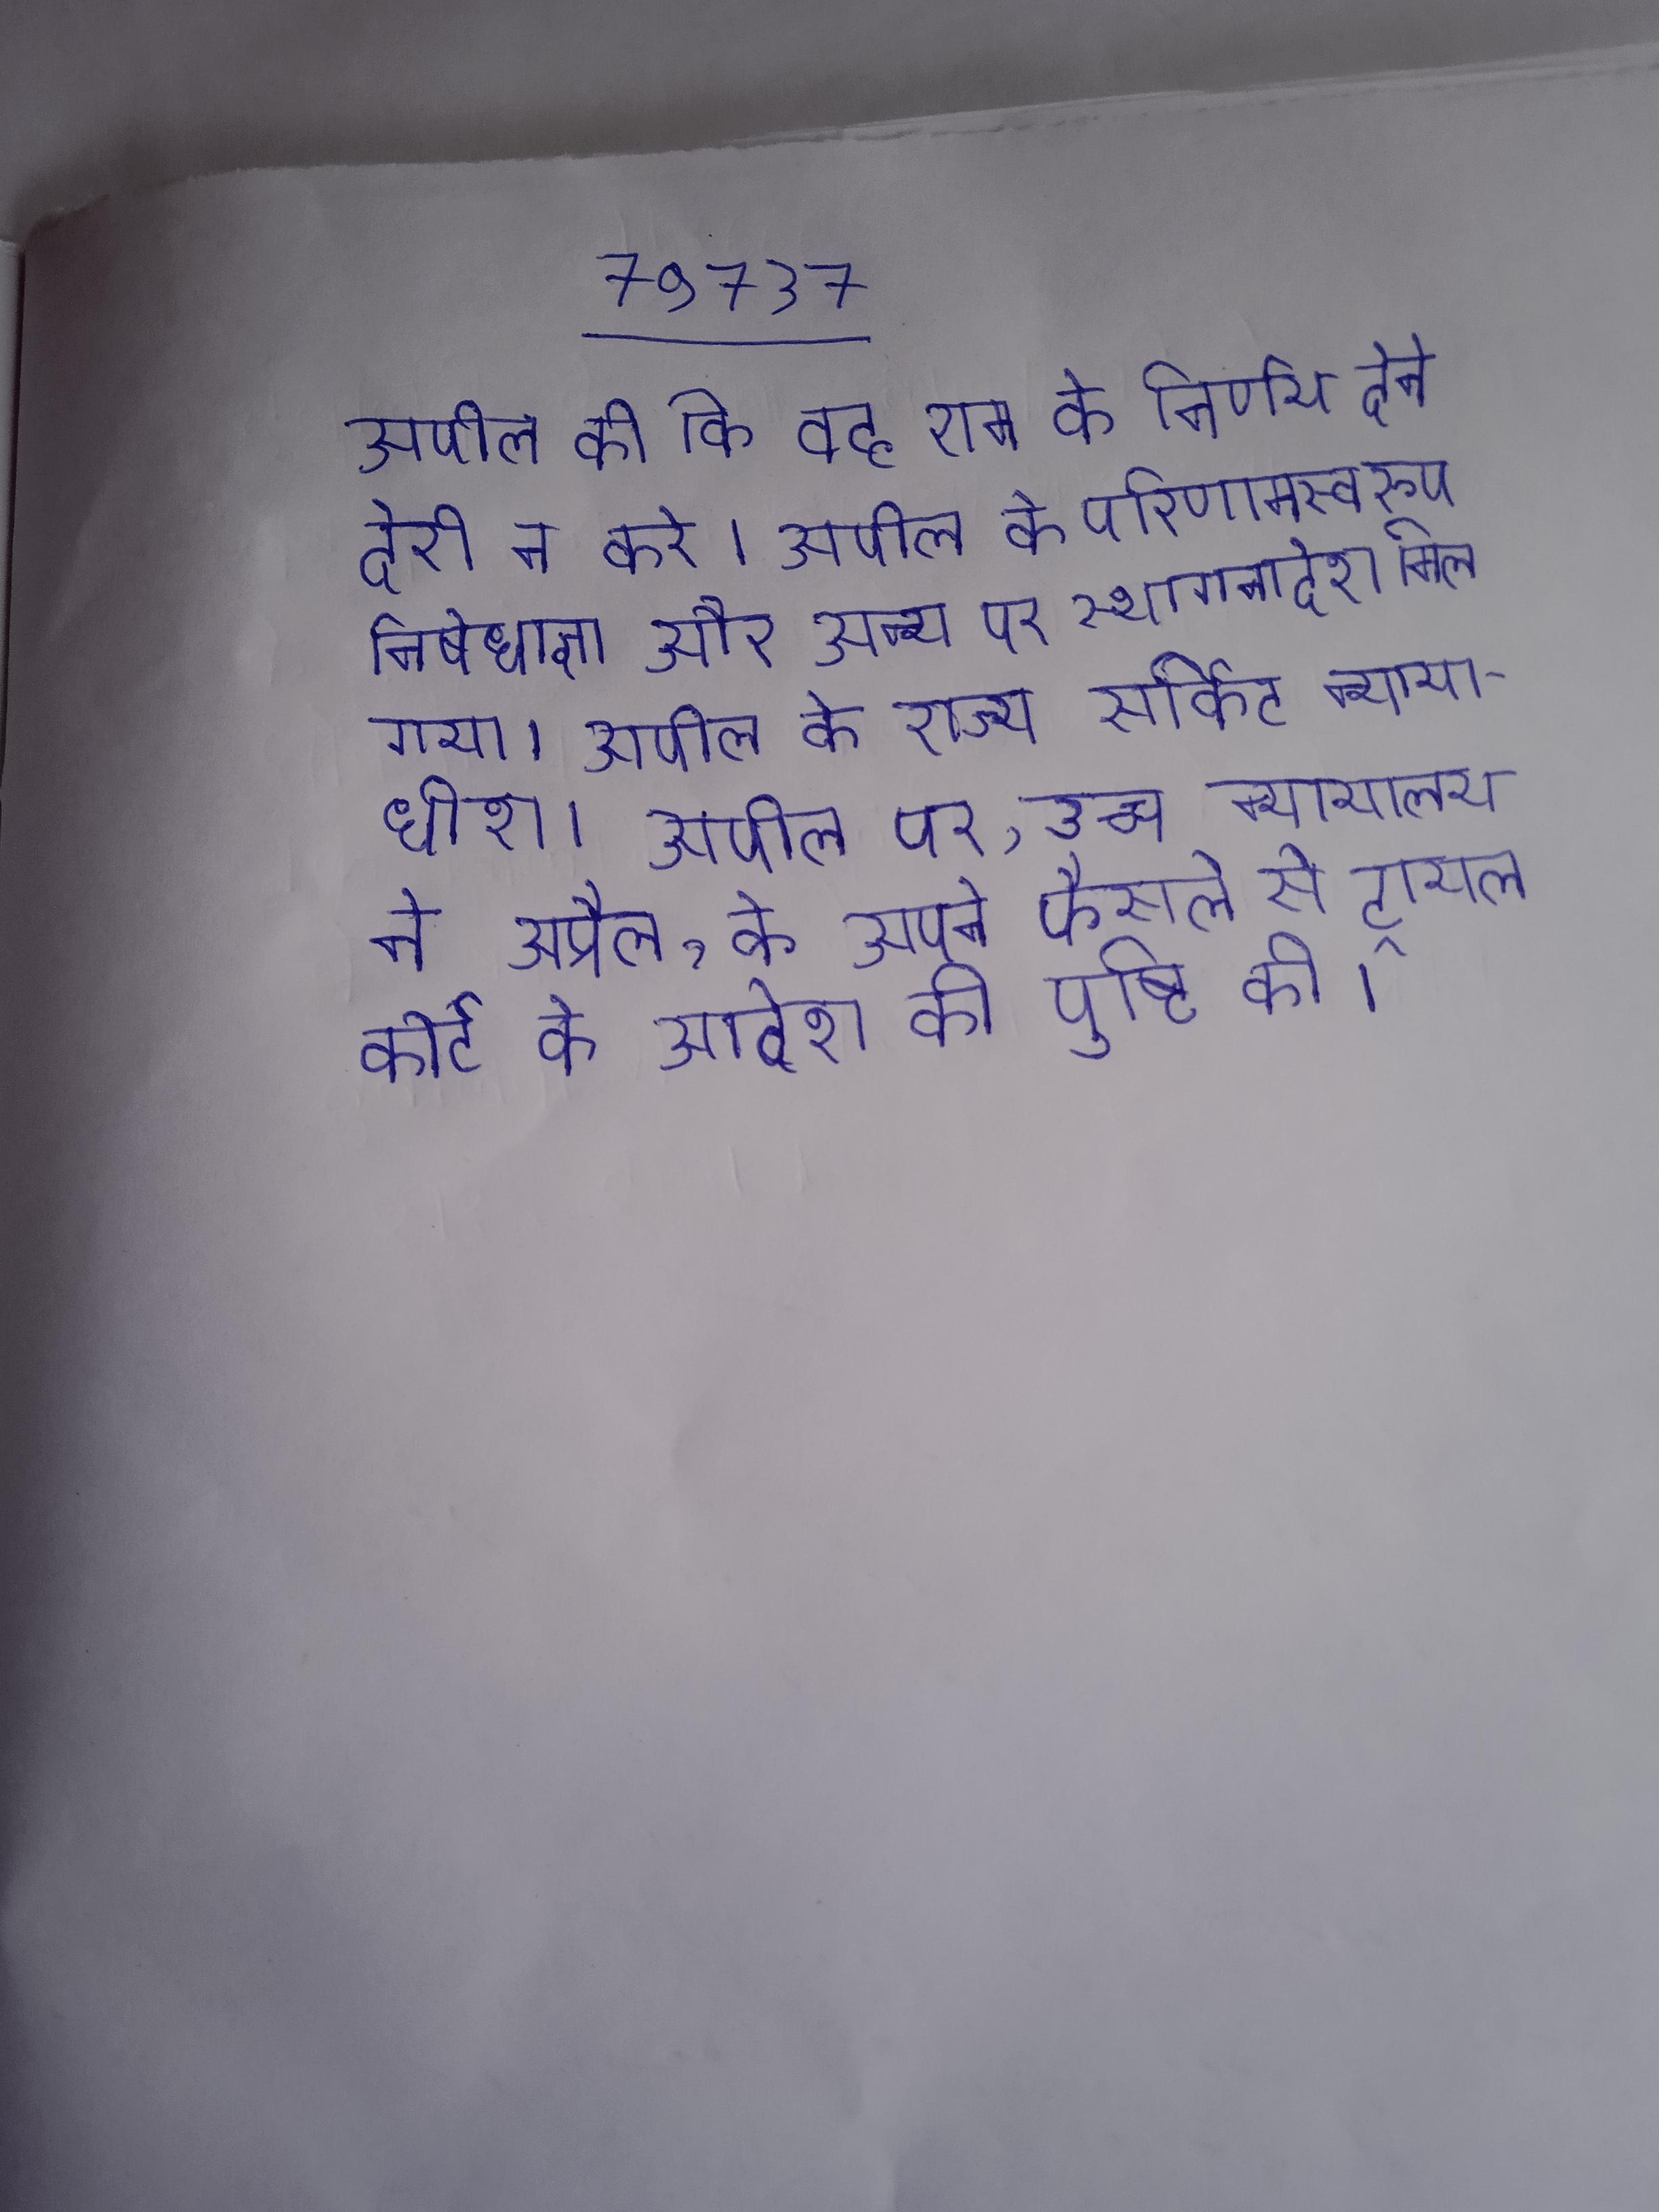
अपील की कि वह राम के निर्णय देने देरी न करे । अपील के परिणामस्वरुप निषेधाज्ञा और अन्य पर स्थगनादेश मिल गया । अपील के राज्य सर्किट न्यायाधीश । अपील पर, उच्च न्यायालय ने अप्रैल, के अपने फैसले से ट्रायल कोर्ट के आदेश की पुष्टि की ।